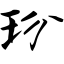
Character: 玢